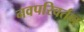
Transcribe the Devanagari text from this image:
नवपरिवर्तन